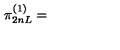
\pi _ { 2 n L } ^ { ( 1 ) } =